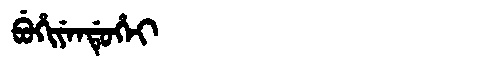
Manchu: ᠪᡠᡥᡳᠶᡝᠨᡩᡠᡥᡝᡳ
Romanization: BUHIYENDUHEI